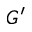
G ^ { \prime }